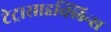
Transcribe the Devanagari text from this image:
टेट्रासाइक्लिन्स